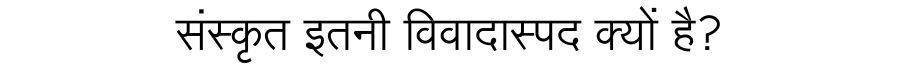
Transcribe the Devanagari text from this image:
संस्कृत इतनी विवादास्पद क्यों है?